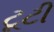
ટૂટી